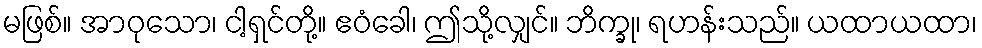
မဖြစ်။ အာဝုသော၊ ငါ့ရှင်တို့။ ဧဝံခေါ၊ ဤသို့လျှင်။ ဘိက္ခု၊ ရဟန်းသည်။ ယထာယထာ၊